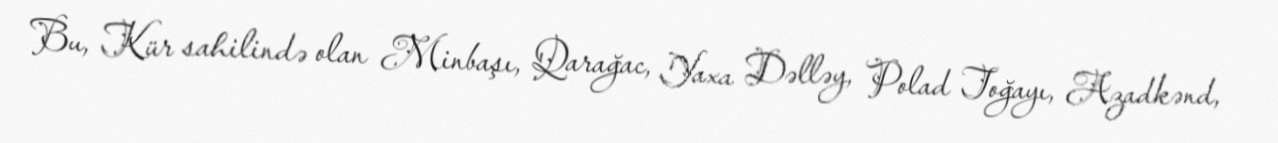
Bu, Kür sahilində olan Minbaşı, Qarağac, Yaxa Dəlləy, Polad Toğayı, Azadkənd,